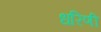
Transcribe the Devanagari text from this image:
धरिणी